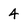
Character: 4